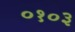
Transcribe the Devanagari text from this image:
०१०३